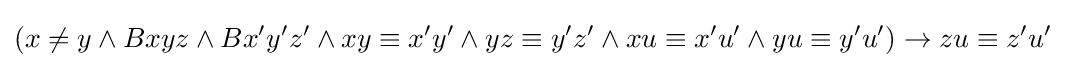
{(x\neq y\land Bxyz\land Bx'y'z'\land xy\equiv x'y'\land yz\equiv y'z'\land xu\equiv x'u'\land yu\equiv y'u')}\rightarrow zu\equiv z'u'